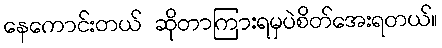
နေကောင်းတယ် ဆိုတာကြားရမှပဲစိတ်အေးရတယ်။